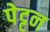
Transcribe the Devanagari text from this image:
पेट्टन